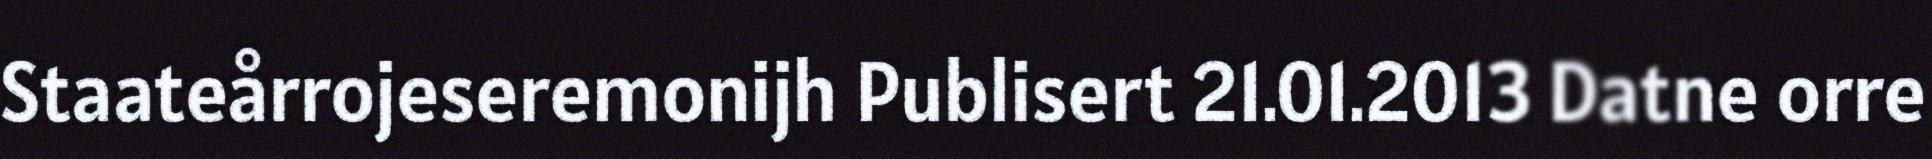
Staateårrojeseremonijh Publisert 21.01.2013 Datne orre